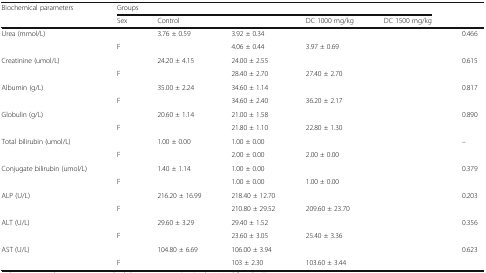
<table><thead><tr><td rowspan="2"><b>Biochemical parameters</b></td><td colspan="5"><b>Groups</b></td><td rowspan="2">[EMPTY_CELL]</td></tr><tr><td><b>Sex</b></td><td><b>Control</b></td><td>[EMPTY_CELL]</td><td><b>DC 1000 mg/kg</b></td><td><b>DC 1500 mg/kg</b></td></tr></thead><tbody><tr><td rowspan="2">Urea (mmol/L)</td><td>[EMPTY_CELL]</td><td>3.76 ± 0.59</td><td>3.92 ± 0.34</td><td>[EMPTY_CELL]</td><td>[EMPTY_CELL]</td><td>0.466</td></tr><tr><td>F</td><td>[EMPTY_CELL]</td><td>4.06 ± 0.44</td><td>3.97 ± 0.69</td><td>[EMPTY_CELL]</td><td>[EMPTY_CELL]</td></tr><tr><td rowspan="2">Creatinine (umol/L)</td><td>[EMPTY_CELL]</td><td>24.20 ± 4.15</td><td>24.00 ± 2.55</td><td>[EMPTY_CELL]</td><td>[EMPTY_CELL]</td><td>0.615</td></tr><tr><td>F</td><td>[EMPTY_CELL]</td><td>28.40 ± 2.70</td><td>27.40 ± 2.70</td><td>[EMPTY_CELL]</td><td>[EMPTY_CELL]</td></tr><tr><td rowspan="2">Albumin (g/L)</td><td>[EMPTY_CELL]</td><td>35.00 ± 2.24</td><td>34.60 ± 1.14</td><td>[EMPTY_CELL]</td><td>[EMPTY_CELL]</td><td>0.817</td></tr><tr><td>F</td><td>[EMPTY_CELL]</td><td>34.60 ± 2.40</td><td>36.20 ± 2.17</td><td>[EMPTY_CELL]</td><td>[EMPTY_CELL]</td></tr><tr><td rowspan="2">Globulin (g/L)</td><td>[EMPTY_CELL]</td><td>20.60 ± 1.14</td><td>21.00 ± 1.58</td><td>[EMPTY_CELL]</td><td>[EMPTY_CELL]</td><td>0.890</td></tr><tr><td>F</td><td>[EMPTY_CELL]</td><td>21.80 ± 1.10</td><td>22.80 ± 1.30</td><td>[EMPTY_CELL]</td><td>[EMPTY_CELL]</td></tr><tr><td rowspan="2">Total bilirubin (umol/L)</td><td>[EMPTY_CELL]</td><td>1.00 ± 0.00</td><td>1.00 ± 0.00</td><td>[EMPTY_CELL]</td><td>[EMPTY_CELL]</td><td>–</td></tr><tr><td>F</td><td>[EMPTY_CELL]</td><td>2.00 ± 0.00</td><td>2.00 ± 0.00</td><td>[EMPTY_CELL]</td><td>[EMPTY_CELL]</td></tr><tr><td rowspan="2">Conjugate bilirubin (umol/L)</td><td>[EMPTY_CELL]</td><td>1.40 ± 1.14</td><td>1.00 ± 0.00</td><td>[EMPTY_CELL]</td><td>[EMPTY_CELL]</td><td>0.379</td></tr><tr><td>F</td><td>[EMPTY_CELL]</td><td>1.00 ± 0.00</td><td>1.00 ± 0.00</td><td>[EMPTY_CELL]</td><td>[EMPTY_CELL]</td></tr><tr><td rowspan="2">ALP (U/L)</td><td>[EMPTY_CELL]</td><td>216.20 ± 16.99</td><td>218.40 ± 12.70</td><td>[EMPTY_CELL]</td><td>[EMPTY_CELL]</td><td>0.203</td></tr><tr><td>F</td><td>[EMPTY_CELL]</td><td>210.80 ± 29.52</td><td>209.60 ± 23.70</td><td>[EMPTY_CELL]</td><td>[EMPTY_CELL]</td></tr><tr><td rowspan="2">ALT (U/L)</td><td>[EMPTY_CELL]</td><td>29.60 ± 3.29</td><td>29.40 ± 1.52</td><td>[EMPTY_CELL]</td><td>[EMPTY_CELL]</td><td>0.356</td></tr><tr><td>F</td><td>[EMPTY_CELL]</td><td>23.60 ± 3.05</td><td>25.40 ± 3.36</td><td>[EMPTY_CELL]</td><td>[EMPTY_CELL]</td></tr><tr><td rowspan="2">AST (U/L)</td><td>[EMPTY_CELL]</td><td>104.80 ± 6.69</td><td>106.00 ± 3.94</td><td>[EMPTY_CELL]</td><td>[EMPTY_CELL]</td><td>0.623</td></tr><tr><td>F</td><td>[EMPTY_CELL]</td><td>103 ± 2.30</td><td>103.60 ± 3.44</td><td>[EMPTY_CELL]</td><td>[EMPTY_CELL]</td></tr></tbody></table>